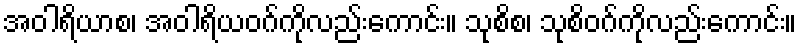
အဝါရိယာစ၊ အဝါရိယဝဂ်ကိုလည်းကောင်း။ သုစိစ၊ သုစိဝဂ်ကိုလည်းကောင်း။